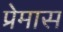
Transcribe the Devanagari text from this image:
प्रेमास